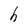
Character: h